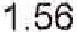
1.56